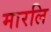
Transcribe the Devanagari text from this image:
मारलि